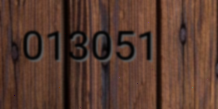
013051